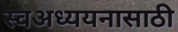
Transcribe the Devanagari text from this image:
स्वअध्ययनासाठी